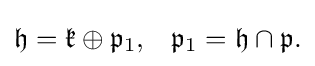
\displaystyle {{\mathfrak {h}}={\mathfrak {k}}\oplus {\mathfrak {p}}_{1},\,\,\,\ {\mathfrak {p}}_{1}={\mathfrak {h}}\cap {\mathfrak {p}}.}